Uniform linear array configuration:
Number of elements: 48
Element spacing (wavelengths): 0.25
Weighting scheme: binomial
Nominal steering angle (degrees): -15
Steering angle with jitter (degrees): -13.504
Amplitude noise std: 0.05
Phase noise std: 0.05

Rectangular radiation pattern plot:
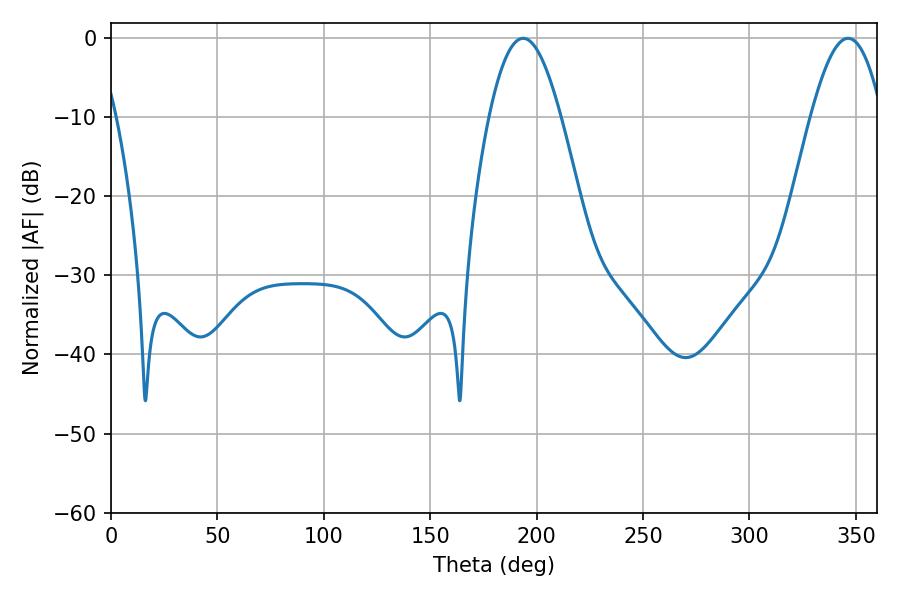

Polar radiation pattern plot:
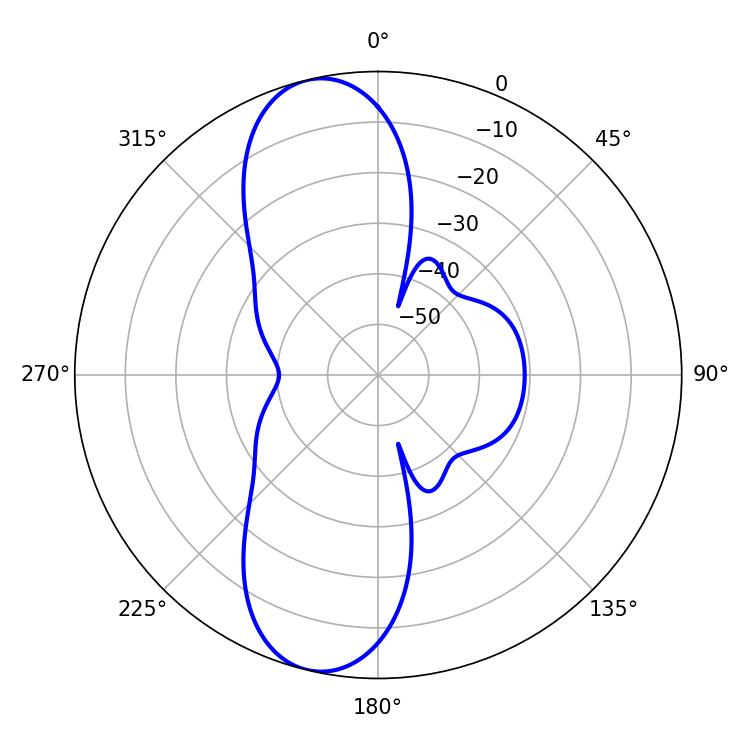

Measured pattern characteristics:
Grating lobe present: FALSE
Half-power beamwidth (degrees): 18.36
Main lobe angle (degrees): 193.68